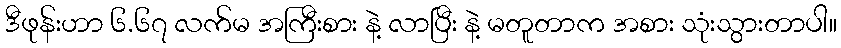
ဒီဖုန်းဟာ ၆.၆၇ လက်မ အကြီးစား နဲ့ လာပြီး နဲ့ မတူတာက အစား သုံးသွားတာပါ။